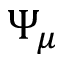
\Psi _ { \mu }